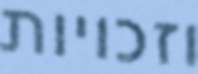
וזכויות